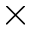
\times